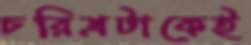
চরিত্রটাকেই